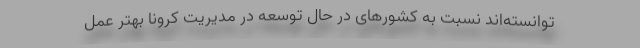
توانسته‌اند نسبت به کشورهای در حال توسعه در مدیریت کرونا بهتر عمل